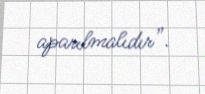
aparılmalıdır”.